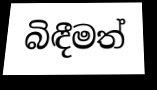
බිඳීමත්